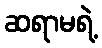
ဆရာမရဲ့